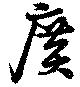
廣